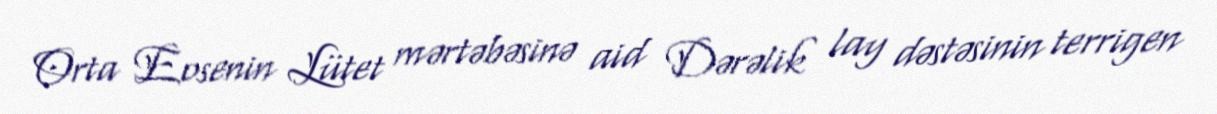
Orta Eosenin Lütet mərtəbəsinə aid Dərəlik lay dəstəsinin terrigen